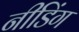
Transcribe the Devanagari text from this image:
नीडिंग